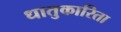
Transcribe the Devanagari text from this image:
धातुकारिता